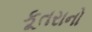
કૂતરાનો